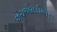
એચએમડીએસ